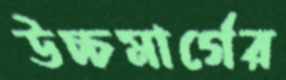
উচ্চমার্গের